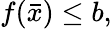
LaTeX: f({\bar{x}})\leq b,